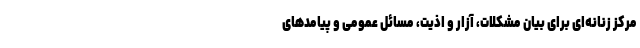
مرکز زنانه‌ای برای بیان مشکلات، آزار و اذیت، مسائل عمومی و پیامدهای